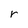
Character: r